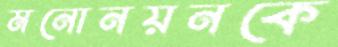
মনোনয়নকে